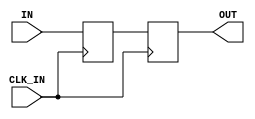
// -------------------------------------------------------------------------
//  $Id: synchronizer.v 2517 2013-08-19 09:33:30Z plana $
// spiNNlink 2-flop synchronizer
//
// -------------------------------------------------------------------------
// AUTHOR
//  lap - luis.plana@manchester.ac.uk
//
// -------------------------------------------------------------------------
// DETAILS
//  Version          : $Revision: 2517 $
//  Last modified by : $Author: plana $
//  $HeadURL: https://solem.cs.man.ac.uk/svn/spiNNlink/testing/src/synchronizer.v $
//
// -------------------------------------------------------------------------
// COPYRIGHT
//  Copyright (c) The University of Manchester, 2012-2016.
//  SpiNNaker Project
//  Advanced Processor Technologies Group
//  School of Computer Science
// -------------------------------------------------------------------------
//
// TODO
// -------------------------------------------------------------------------


`timescale 1ns / 1ps
module spio_spinnaker_link_sync #
(
  parameter SIZE = 1
)
(
  input                   CLK_IN,
  input      [SIZE - 1:0] IN,
  output reg [SIZE - 1:0] OUT
);

  //---------------------------------------------------------------
  // internal signals
  //---------------------------------------------------------------
  (* IOB = "TRUE" *)
  reg  [SIZE - 1:0] sync;

   
  //+++++++++++++++++++++++++++++++++++++++++++++++++++++++++++++++
  //--------------------------- datapath --------------------------
  //+++++++++++++++++++++++++++++++++++++++++++++++++++++++++++++++
  // flops
  always @ (posedge CLK_IN)
    begin
       sync <= IN;
       OUT  <= sync;
    end
  //+++++++++++++++++++++++++++++++++++++++++++++++++++++++++++++++

endmodule